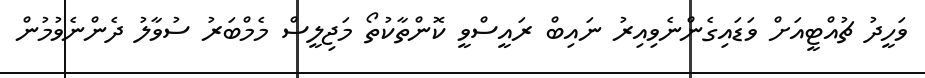
ވަހީދު ޗުއްޓީއަށް ވަޑައިގެންނެވިއިރު ނައިބް ރައީސްވީ ކޮންތާކުތޯ މަޖިލީސް މެމްބަރު ސުވާލު ދެންނެވުމުން